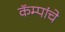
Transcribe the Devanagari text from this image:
कॅम्पांचे